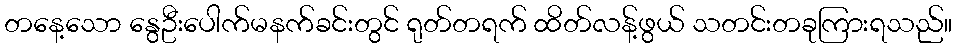
တနေ့သော နွေဦးပေါက်မနက်ခင်းတွင် ရုတ်တရက် ထိတ်လန့်ဖွယ် သတင်းတခုကြားရသည်။